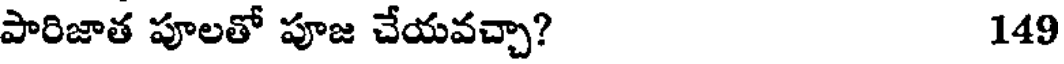
పారిజాత పూలతో పూజ చేయవచ్చా? 149